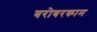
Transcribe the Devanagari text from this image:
बरोबरकाम